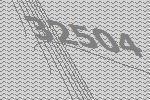
32504